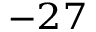
^ { - 2 7 }